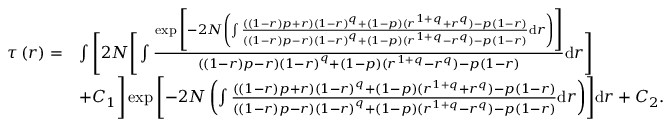
\begin{array} { r l } { \tau \left( r \right) = } & { \int \Bigg [ 2 N \Bigg [ \int \frac { \exp \Bigg [ { - 2 N \left( \int \frac { \left( \left( 1 - r \right) p + r \right) \left( 1 - r \right) ^ { q } + \left( 1 - p \right) ( r ^ { 1 + q } + r ^ { q } ) - p \left( 1 - r \right) } { \left( \left( 1 - r \right) p - r \right) \left( 1 - r \right) ^ { q } + \left( 1 - p \right) ( r ^ { 1 + q } - r ^ { q } ) - p \left( 1 - r \right) } \mathrm { d } r \right) } \Bigg ] } { \left( \left( 1 - r \right) p - r \right) \left( 1 - r \right) ^ { q } + \left( 1 - p \right) ( r ^ { 1 + q } - r ^ { q } ) - p \left( 1 - r \right) } \mathrm { d } r \Bigg ] } \\ & { + C _ { 1 } \Bigg ] \exp \Bigg [ { - 2 N \left( \int \frac { \left( \left( 1 - r \right) p + r \right) \left( 1 - r \right) ^ { q } + \left( 1 - p \right) ( r ^ { 1 + q } + r ^ { q } ) - p \left( 1 - r \right) } { \left( \left( 1 - r \right) p - r \right) \left( 1 - r \right) ^ { q } + \left( 1 - p \right) ( r ^ { 1 + q } - r ^ { q } ) - p \left( 1 - r \right) } \mathrm { d } r \right) } \Bigg ] \mathrm { d } r + C _ { 2 } . } \end{array}